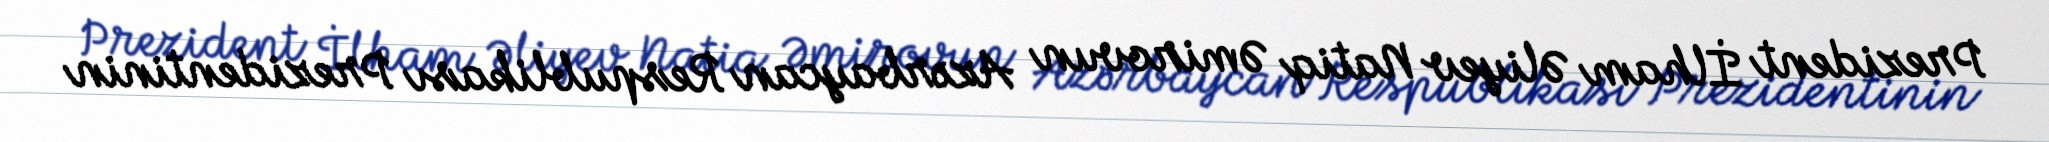
Prezident İlham Əliyev Natiq Əmirovun Azərbaycan Respublikası Prezidentinin